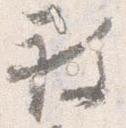
被